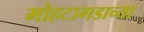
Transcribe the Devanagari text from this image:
मोहटागडाच्या